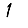
Digit: 1